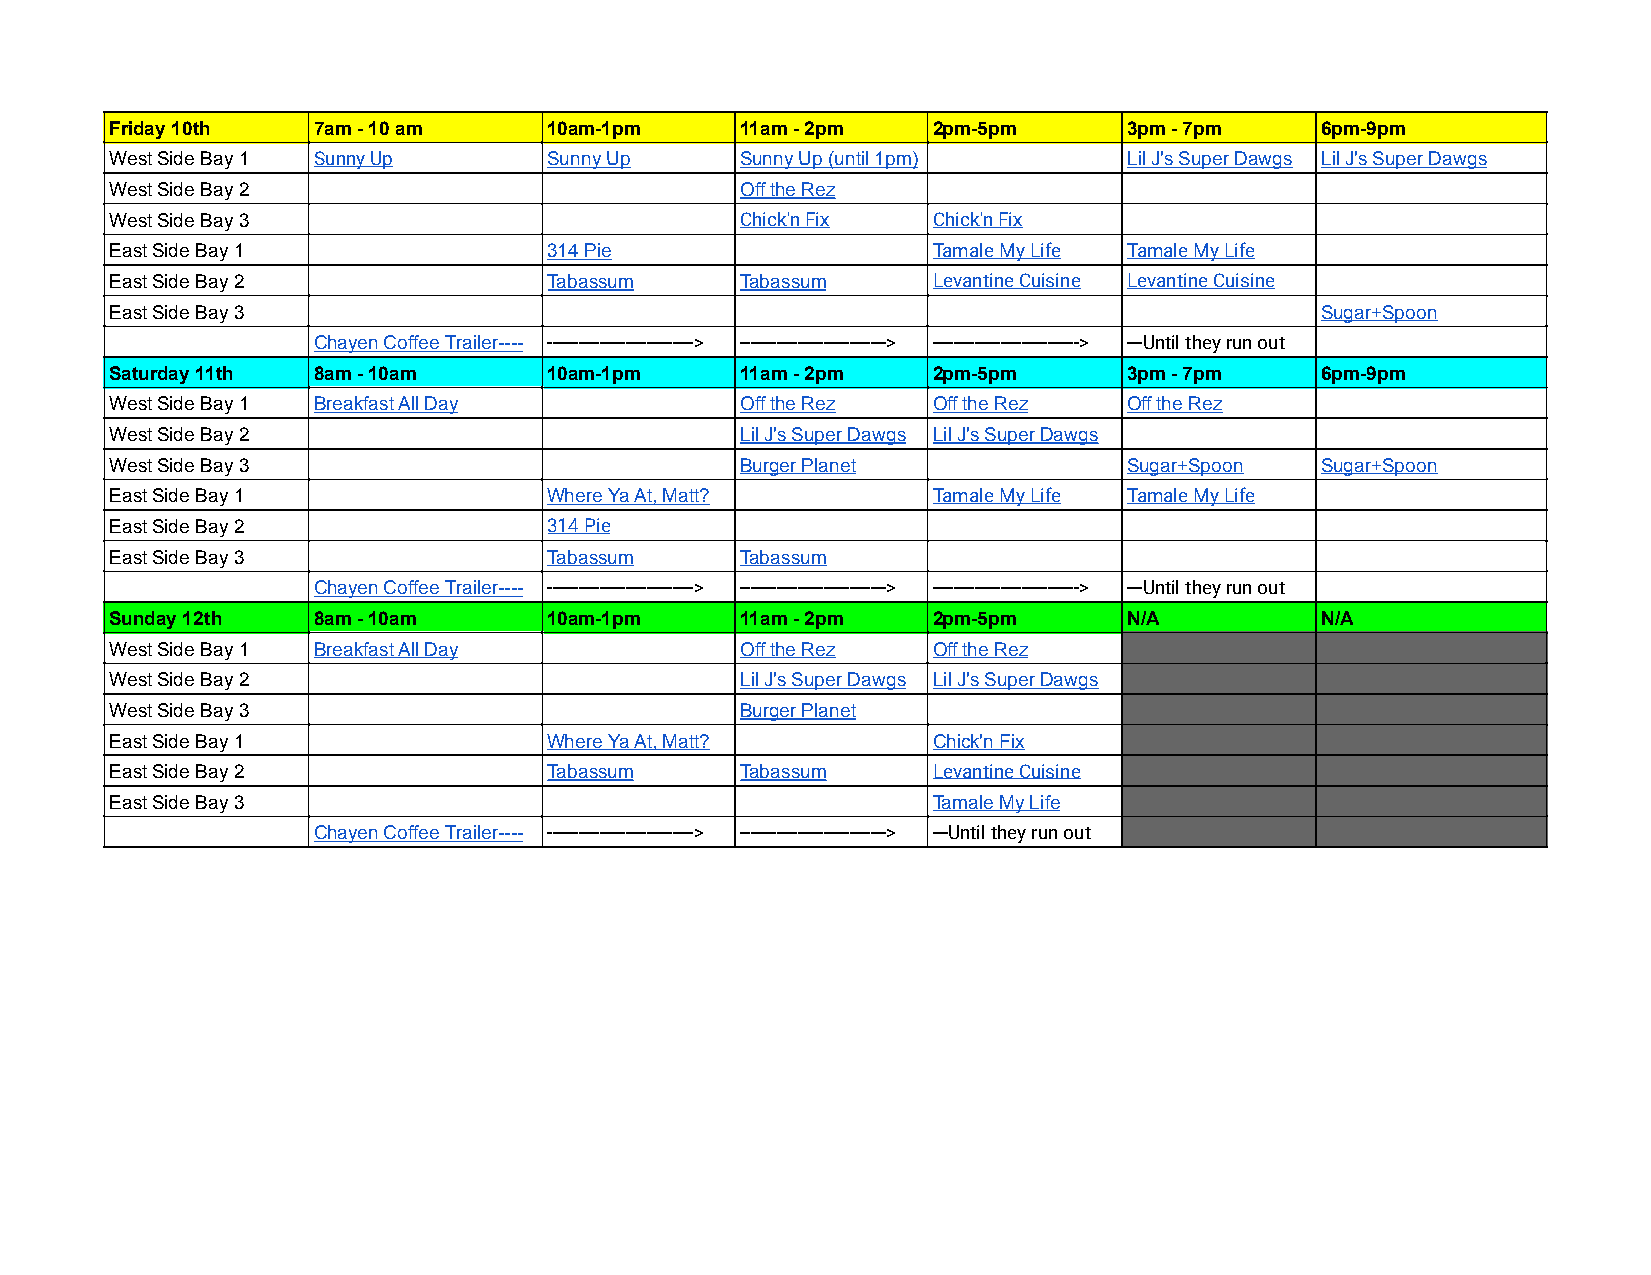
Friday 10th   7am - 10 am    10am-1pm     11am - 2pm   2pm-5pm      3pm - 7pm   6pm-9pm
 West Side Bay 1 Sunny Up     Sunny Up     Sunny Up (until 1pm)      Lil J's Super Dawgs Lil J's Super Dawgs
 West Side Bay 2                           Off the Rez
 West Side Bay 3                           Chick'n Fix  Chick'n Fix
 East Side Bay 1              314 Pie                   Tamale My Life Tamale My Life
 East Side Bay 2              Tabassum     Tabassum     Levantine Cuisine Levantine Cuisine
 East Side Bay 3                                                                 Sugar+Spoon
 Chayen Coffee Trailer---- ----------------------------> ----------------------------> ----------------------------> ---Until they run out
 Saturday 11th 8am - 10am     10am-1pm     11am - 2pm   2pm-5pm      3pm - 7pm   6pm-9pm
 West Side Bay 1 Breakfast All Day         Off the Rez  Off the Rez  Off the Rez
 West Side Bay 2                           Lil J's Super Dawgs Lil J's Super Dawgs
 West Side Bay 3                           Burger Planet             Sugar+Spoon Sugar+Spoon
 East Side Bay 1              Where Ya At, Matt?        Tamale My Life Tamale My Life
 East Side Bay 2              314 Pie
 East Side Bay 3              Tabassum     Tabassum
 Chayen Coffee Trailer---- ----------------------------> ----------------------------> ----------------------------> ---Until they run out
 Sunday 12th   8am - 10am     10am-1pm     11am - 2pm   2pm-5pm      N/A         N/A
 West Side Bay 1 Breakfast All Day         Off the Rez  Off the Rez
 West Side Bay 2                           Lil J's Super Dawgs Lil J's Super Dawgs
 West Side Bay 3                           Burger Planet
 East Side Bay 1              Where Ya At, Matt?        Chick'n Fix
 East Side Bay 2              Tabassum     Tabassum     Levantine Cuisine
 East Side Bay 3                                        Tamale My Life
 Chayen Coffee Trailer---- ----------------------------> ----------------------------> ---Until they run out